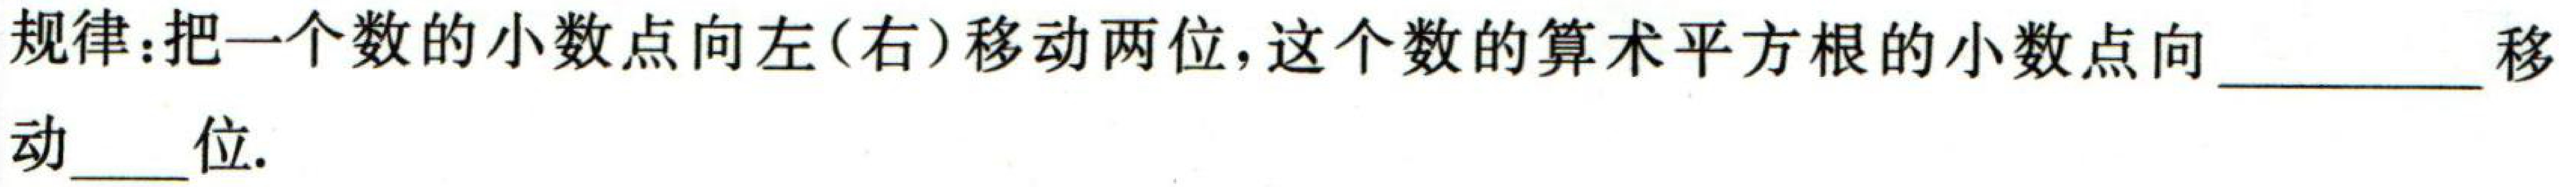
规律：把一个数的小数点向左(右)移动两位，这个数的算术平方根的小数点向  移
动 \_\_\_ 位.